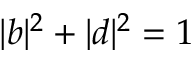
\vert b \vert ^ { 2 } + \vert d \vert ^ { 2 } = 1